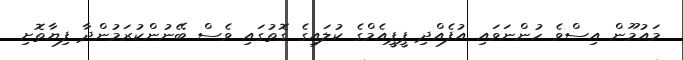
މައުމޫން އިސްވެ ހުންނަވައި އުފެއްދި ޕީޕީއެމްގެ ކުލައިގެ ގޮތުގައި ވެސް ބޭނުންކުރަމުންދާ ފިޔާތޮށި